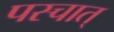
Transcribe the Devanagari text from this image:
पस्चात्